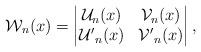
LaTeX: \begin{align*}\mathcal{W}_n(x)=\begin{vmatrix}\mathcal{U}_n(x) & \mathcal{V}_{n}(x)\\\mathcal{U'}_n(x) & \mathcal{V'}_{n}(x)\end{vmatrix},\end{align*}